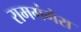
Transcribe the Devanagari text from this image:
रामगंगेरा